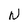
Character: N